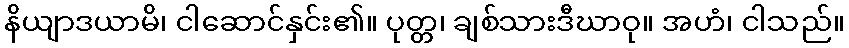
နိယျာဒယာမိ၊ ငါဆောင်နှင်း၏။ ပုတ္တ၊ ချစ်သားဒီဃာဝု။ အဟံ၊ ငါသည်။